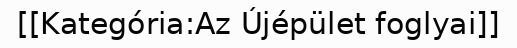
[[Kategória:Az Újépület foglyai]]